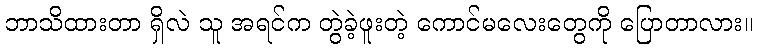
ဘာသိထားတာ ရှိလဲ သူ အရင်က တွဲခဲ့ဖူးတဲ့ ကောင်မလေးတွေကို ပြောတာလား။